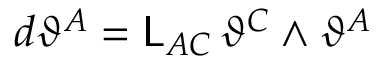
d \vartheta ^ { A } = \mathsf { L } _ { A C } \, \vartheta ^ { C } \wedge \vartheta ^ { A }